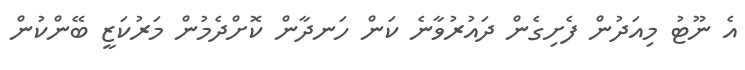
އެ ނޫޓު މިއަދުން ފެށިގެން ދައުރުވާނެ ކަން ހަނދާން ކޮށްދެމުން މަރުކަޒީ ބޭންކުން